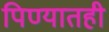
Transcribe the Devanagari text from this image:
पिण्यातही